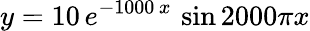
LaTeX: y=10\, e^{-1000\, x}\, \sin{2000\pi x}